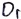
Text: D1